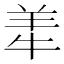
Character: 𬙮